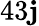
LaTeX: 43\mathbf{j}